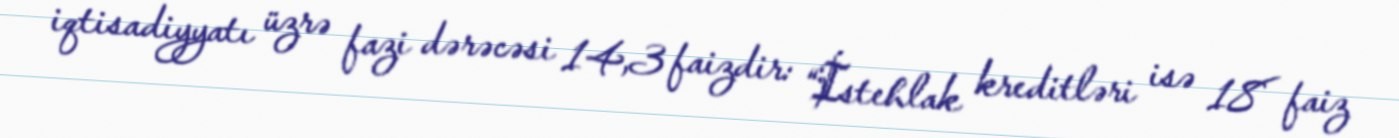
iqtisadiyyatı üzrə fazi dərəcəsi 14,3 faizdir: “İstehlak kreditləri isə 18 faiz